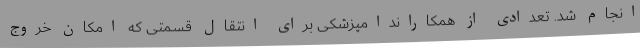
انجام شد. تعدادی از همکاراندامپزشکی برای انتقال قسمتی که امکان خروج